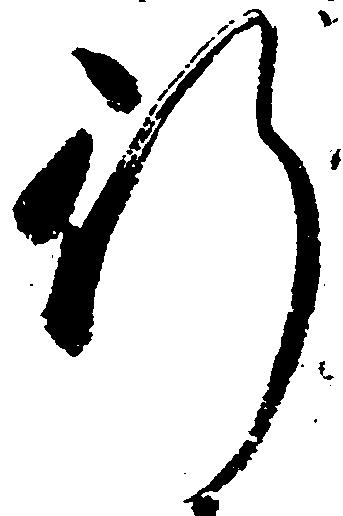
行